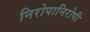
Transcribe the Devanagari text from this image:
निरोपानिरोपी